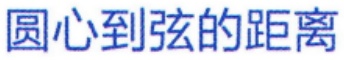
圆心到弦的距离